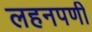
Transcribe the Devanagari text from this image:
लहनपणी